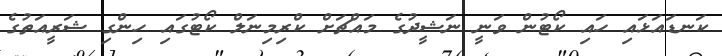
ކަނޑައަޅައި ހައި ކޯޓުން ވަނީ ނަޝީދުގެ މައްޗަށް ކްރިމިނަލް ކޯޓުގައި ހިންގި ޝަރީއަތުގެ